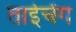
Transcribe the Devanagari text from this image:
ताईचेंग